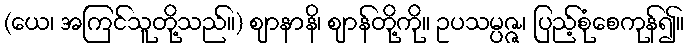
(ယေ၊ အကြင်သူတို့သည်။) ဈာနာနိ၊ ဈာန်တို့ကို။ ဥပသမ္ပဇ္ဇ၊ ပြည့်စုံစေကုန်၍။